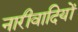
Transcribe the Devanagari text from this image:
नारीवादियों